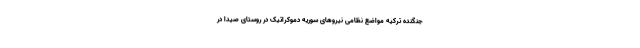
جنگنده ترکیه مواضع نظامی نیروهای سوریه دموکراتیک در روستای صیدا در